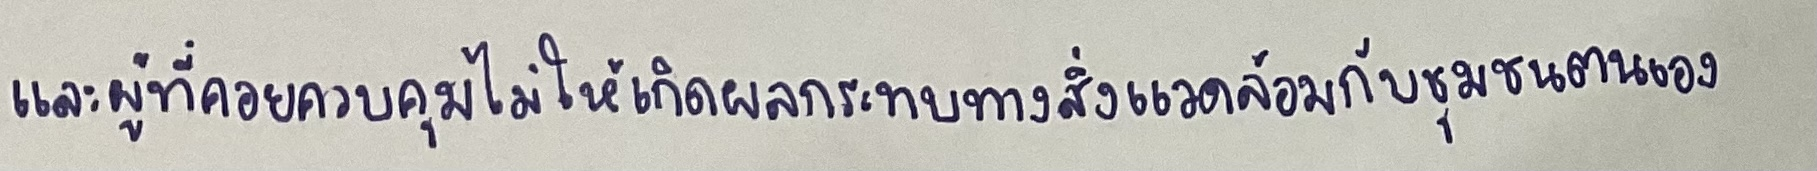
และผู้ที่คอยควบคุมไม่ให้เกิดผลกระทบทางสิ่งแวดล้อมกับชุมชนตนเอง